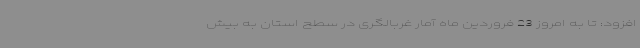
افزود: تا به امروز 23 فروردین ماه آمار غربالگری در سطح استان به بیش